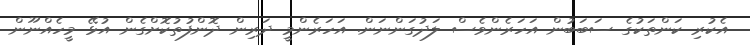
އެކުރި ކަންތަކުގެ ސަބަބުން އަހަރެންވެސް ލަދުގަންނަން. އަހަރެންމީ ދަރިން ދޮންފުތުކޮށްގެން އުޅޭ މީހެއްނޫން